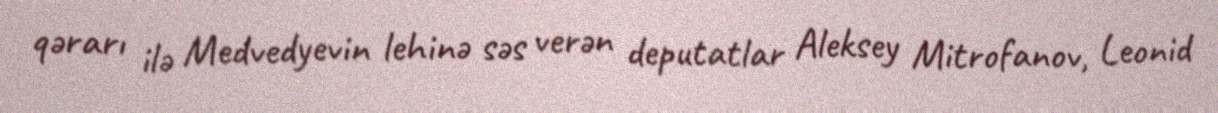
qərarı ilə Medvedyevin lehinə səs verən deputatlar Aleksey Mitrofanov, Leonid